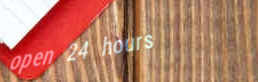
open 24 hours